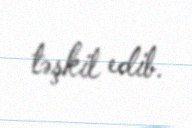
təşkil edib.